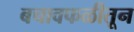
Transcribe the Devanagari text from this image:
बचावफळीतून